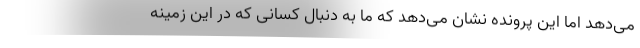
می‌دهد اما این پرونده نشان می‌دهد که ما به دنبال کسانی که در این زمینه